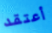
أعتقد